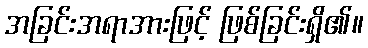
အခြင်းအရာအားဖြင့် ဖြစ်ခြင်းရှိ၏။